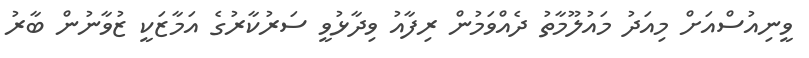
ވީނިއުސްއަށް މިއަދު މައުލޫމާތު ދެއްވަމުން ރިފާއު ވިދާޅުވީ ސަރުކާރުގެ އަމާޒަކީ ޒުވާނުން ބާރު